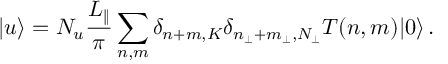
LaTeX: | u \rangle = N _ { u } \frac { L _ { \| } } { \pi } \sum _ { n , m } \delta _ { n + m , K } \delta _ { n _ { \perp } + m _ { \perp } , N _ { \perp } } T ( n , m ) | 0 \rangle \, .